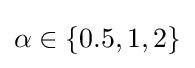
\alpha \in \{0.5,1,2\}